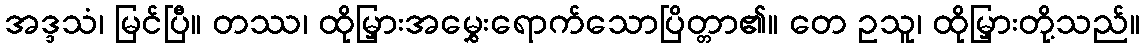
အဒ္ဒသံ၊ မြင်ပြီ။ တဿ၊ ထိုမြှားအမွှေးရောက်သောပြိတ္တာ၏။ တေ ဥသူ၊ ထိုမြှားတို့သည်။